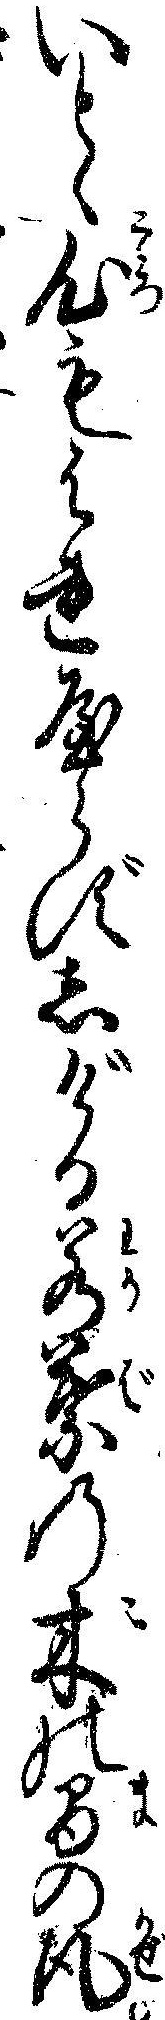
いとゝ心もはれやらずしげる若葉の木の間の風